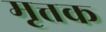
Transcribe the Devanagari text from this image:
मृत्तक